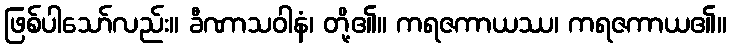
ဖြစ်ပါသော်လည်း။ ခီဏာသဝါနံ၊ တို့၏။ ကရဇကာယဿ၊ ကရဇကာယ၏။